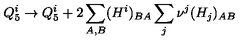
Q _ { 5 } ^ { i } \to Q _ { 5 } ^ { i } + 2 \sum _ { A , B } ( H ^ { i } ) _ { B A } \sum _ { j } \nu ^ { j } ( H _ { j } ) _ { A B }